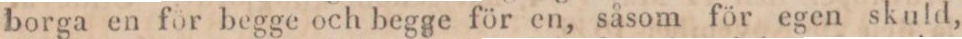
borga en för begge och begge för en, såsom för egen skuld,